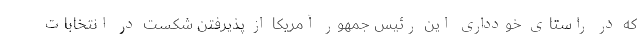
که در راستای خودداری این رئیس جمهور آمریکا از پذیرفتن شکست در انتخابات